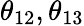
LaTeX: \theta_{12},\theta_{13}